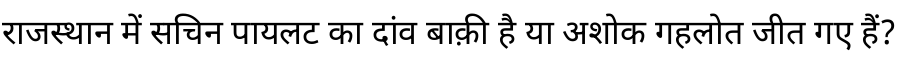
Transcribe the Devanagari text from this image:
राजस्थान में सचिन पायलट का दांव बाक़ी है या अशोक गहलोत जीत गए हैं?